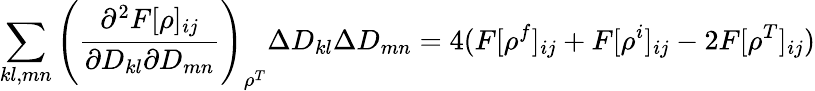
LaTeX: \sum_{kl,mn}\left(\frac{\partial^{2}F[\rho]_{ij}}{\partial D_{kl}\partial D_{mn}}\right)_{\rho^{T}}\Delta D_{kl}\Delta D_{mn}=4(F[\rho^{f}]_{ij}+F[\rho^{i}]_{ij}-2F[\rho^{T}]_{ij})